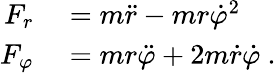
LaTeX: \begin{array}{rl}{F_{r}}&{{}=m{\ddot{r}}-mr{\dot{\varphi}}^{2}}\\ {F_{\varphi}}&{{}=mr{\ddot{\varphi}}+2m{\dot{r}}{\dot{\varphi}}\ .}\end{array}